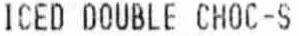
ICED DOUBLE CHOC-S